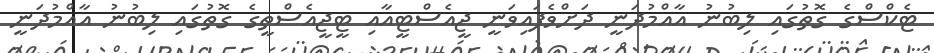
ޓެކްސްގެ ގޮތުގައި ލިބުނު އާއްމުދަނީ ދަށްވެފައިވަނީ ޖީއެސްޓީއާއި ޓީޖީއެސްތީގެ ގޮތުގައި ލިބުނު އާއްމުދަނީ